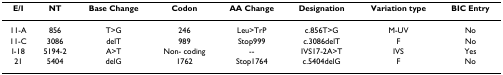
<table><thead><tr><td><b>E/I</b></td><td><b>NT</b></td><td><b>Base Change</b></td><td><b>Codon</b></td><td><b>AA Change</b></td><td><b>Designation</b></td><td><b>Variation type</b></td><td><b>BIC Entry</b></td></tr></thead><tbody><tr><td>11-A</td><td>856</td><td>T&gt;G</td><td>246</td><td>Leu&gt;TrP</td><td>c.856T&gt;G</td><td>M-UV</td><td>No</td></tr><tr><td>11-C</td><td>3086</td><td>delT</td><td>989</td><td>Stop999</td><td>c.3086delT</td><td>F</td><td>No</td></tr><tr><td>I-18</td><td>5194-2</td><td>A&gt;T</td><td>Non- coding</td><td>--</td><td>IVS17-2A&gt;T</td><td>IVS</td><td>Yes</td></tr><tr><td>21</td><td>5404</td><td>delG</td><td>1762</td><td>Stop1764</td><td>c.5404delG</td><td>F</td><td>No</td></tr></tbody></table>